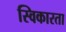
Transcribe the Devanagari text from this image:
स्विकारता